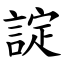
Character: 諚